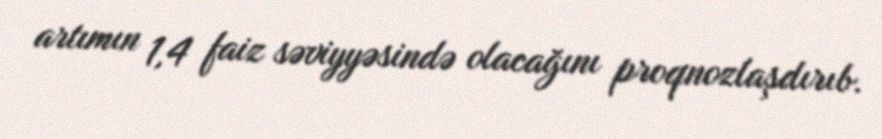
artımın 1,4 faiz səviyyəsində olacağını proqnozlaşdırıb.